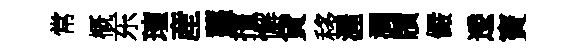
常概东璮産虀擯懈貸移渥澗牘儼逶竇